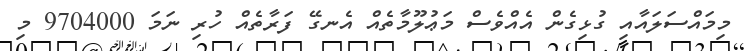
މިމައްސަލައާއި ގުޅިގެން އެއްވެސް މަޢުލޫމާތެއް އެނގޭ ފަރާތެއް ހުރި ނަމަ 9704000 މި